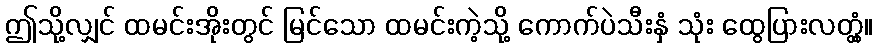
ဤသို့လျှင် ထမင်းအိုးတွင် မြင်သော ထမင်းကဲ့သို့ ကောက်ပဲသီးနှံ သုံး ထွေပြားလတ္တံ့။